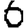
Digit: 6